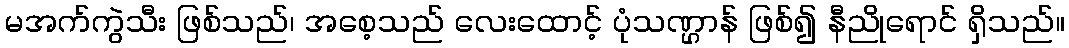
မအက်ကွဲသီး ဖြစ်သည်၊ အစေ့သည် လေးထောင့် ပုံသဏ္ဌာန် ဖြစ်၍ နီညိုရောင် ရှိသည်။